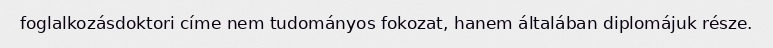
foglalkozásdoktori címe nem tudományos fokozat, hanem általában diplomájuk része.